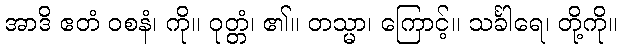
အာဒိ ဧတံ ဝစနံ၊ ကို။ ဝုတ္တံ၊ ၏။ တသ္မာ၊ ကြောင့်။ သင်္ခါရေ၊ တို့ကို။